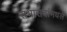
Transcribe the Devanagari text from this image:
सभासदांमधले